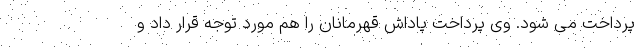
پرداخت می شود. وی پرداخت پاداش قهرمانان را هم مورد توجه قرار داد و